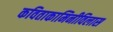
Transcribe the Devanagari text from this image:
कविताकामिनीविलास